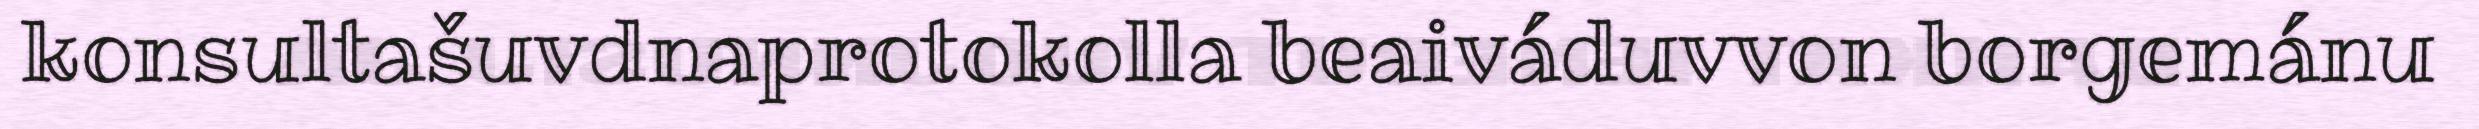
konsultašuvdnaprotokolla beaiváduvvon borgemánu